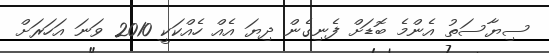
ސިޔާސަތު އެންމެ ބޮޑަށް ފެނިގެން ދިޔަ އެއް ހެއްކަކީ 2010 ވަނަ އަހަރަށް